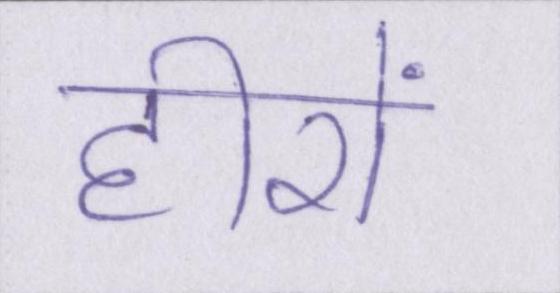
हीरों